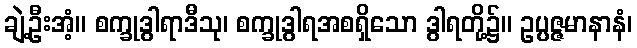
ချဲ့ဦးအံ့။ စက္ခုဒွါရာဒီသု၊ စက္ခုဒွါရအစရှိသော ဒွါရတို့၌။ ဥပ္ပဇ္ဇမာနာနံ၊